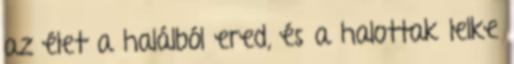
az élet a halálból ered, és a halottak lelke